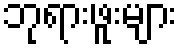
ဘုရားဖူးများ